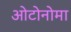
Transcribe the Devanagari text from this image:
ओटोनोमा